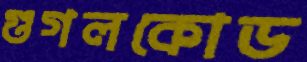
গুগলকোড